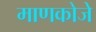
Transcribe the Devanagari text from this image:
माणकोजे